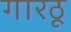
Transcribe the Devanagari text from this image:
गारठू